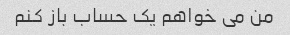
من می خواهم یک حساب باز کنم